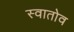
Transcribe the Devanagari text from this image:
स्वातोव